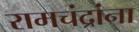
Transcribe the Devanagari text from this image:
रामचंद्रांना